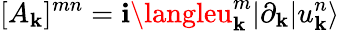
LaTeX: [A_{\mathbf{k}}]^{mn}=\mathbf{i}\langleu_{\mathbf{k}}^{m}|\partial_{\mathbf{k}}|u_{\mathbf{k}}^{n}\rangle